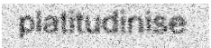
platitudinise